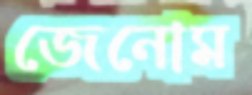
জেনোম